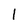
Character: 1